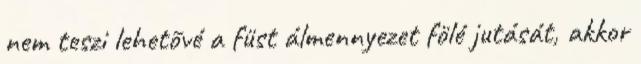
nem teszi lehetõvé a füst álmennyezet fölé jutását, akkor